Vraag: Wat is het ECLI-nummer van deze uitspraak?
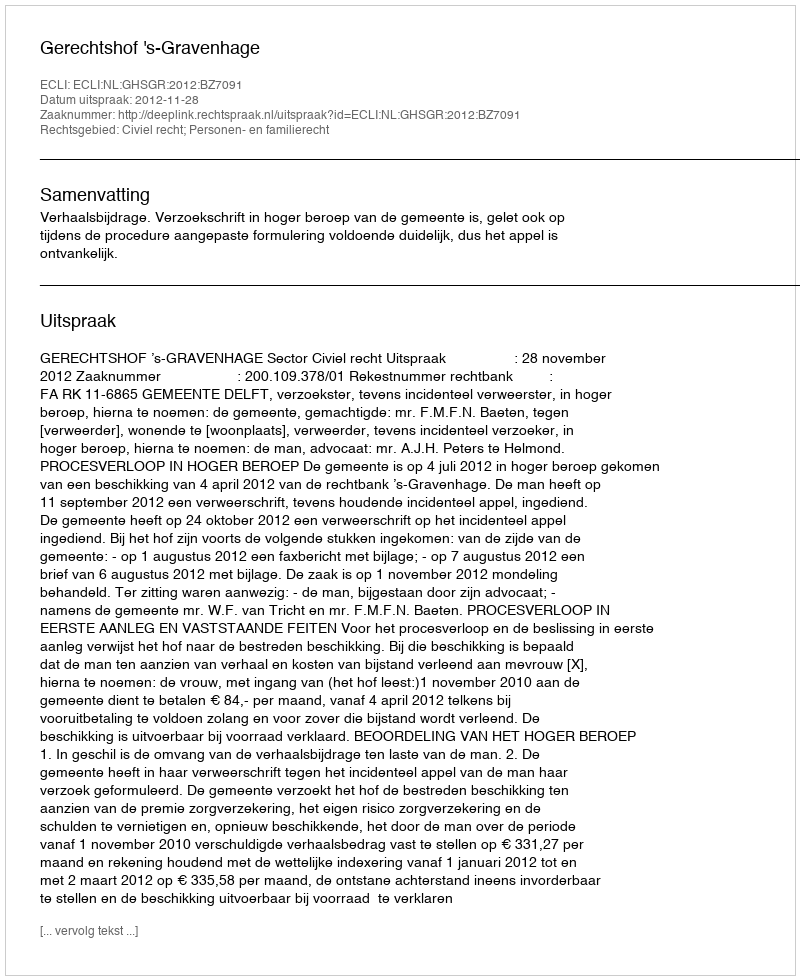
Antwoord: ECLI:NL:GHSGR:2012:BZ7091